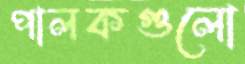
পালকগুলো